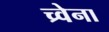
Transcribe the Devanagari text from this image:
च्र्वेना